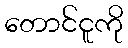
တောင်ငူကို